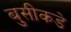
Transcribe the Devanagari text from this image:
बुसीकडे